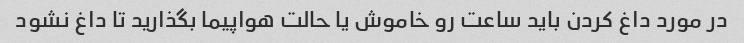
در مورد داغ کردن باید ساعت رو خاموش یا حالت هواپیما بگذارید تا داغ نشود